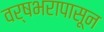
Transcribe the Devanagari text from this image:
वर्षभरापासून